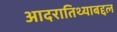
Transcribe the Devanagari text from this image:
आदरातिथ्याबद्दल